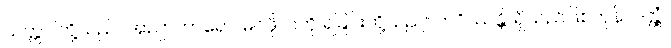
သတ္တဝါတို့သည်။ အညာတာရော၊ မဂ်ဖိုလ်ကို ရခြင်းတို့သည်။ ဘဝိဿန္တိ၊ ရှိသည်ဖြစ်ကုန်လတ္တံ့။